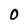
Character: 0